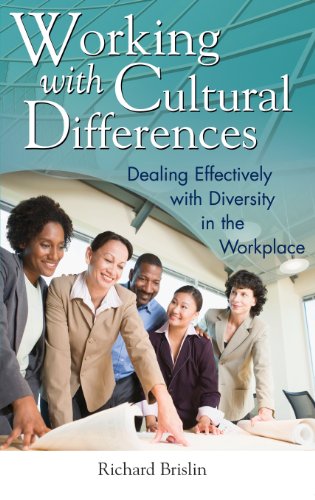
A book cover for Working with Cultural Differences: Dealing Effectively with Diversity in the Workplace (Contributions in Psychology); Richard Brislin; Medical Books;